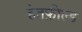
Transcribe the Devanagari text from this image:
हेतफ़ील्ड